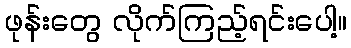
ဖုန်းတွေ လိုက်ကြည့်ရင်းပေါ့။